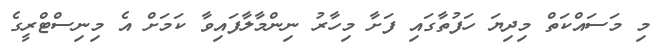
މި މަސައްކަތް މިދިޔަ ހަފުތާގައި ފަށާ މިހާރު ނިންމާލާފައިވާ ކަމަށް އެ މިނިސްޓްރީގެ